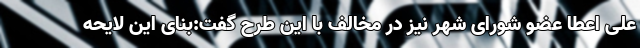
علی اعطا عضو شورای شهر نیز در مخالف با این طرح گفت:بنای این لایحه